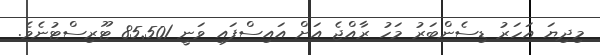
މިދިޔަ އަހަރު ޑިސެންބަރު މަހު ރާއްޖެ އަށް އައިސްފައި ވަނީ 85